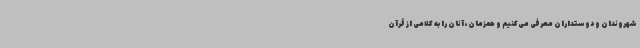
شهروندان و دوستداران معرفی می‌کنیم و همزمان، آنان را به کلامی از قرآن